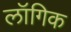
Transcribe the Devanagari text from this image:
लॉगिक